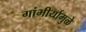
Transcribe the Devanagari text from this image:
गांभीर्यामुळे